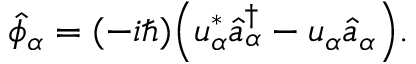
\hat { \phi } _ { \alpha } = ( - i \hbar ) \Bigl ( u _ { \alpha } ^ { * } \hat { a } _ { \alpha } ^ { \dagger } - u _ { \alpha } \hat { a } _ { \alpha } \Bigr ) .